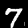
Digit: 7